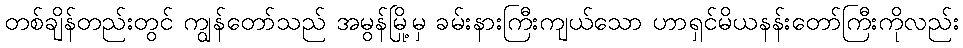
တစ်ချိန်တည်းတွင် ကျွန်တော်သည် အမွန်မြို့မှ ခမ်းနားကြီးကျယ်သော ဟာရှင်မိယနန်းတော်ကြီးကိုလည်း